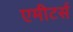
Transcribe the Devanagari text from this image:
एमीटर्स